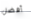
أفضل